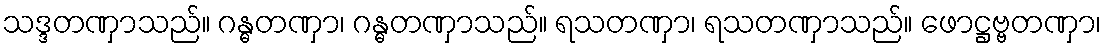
သဒ္ဒတဏှာသည်။ ဂန္ဓတဏှာ၊ ဂန္ဓတဏှာသည်။ ရသတဏှာ၊ ရသတဏှာသည်။ ဖောဋ္ဌဗ္ဗတဏှာ၊